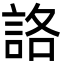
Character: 詻